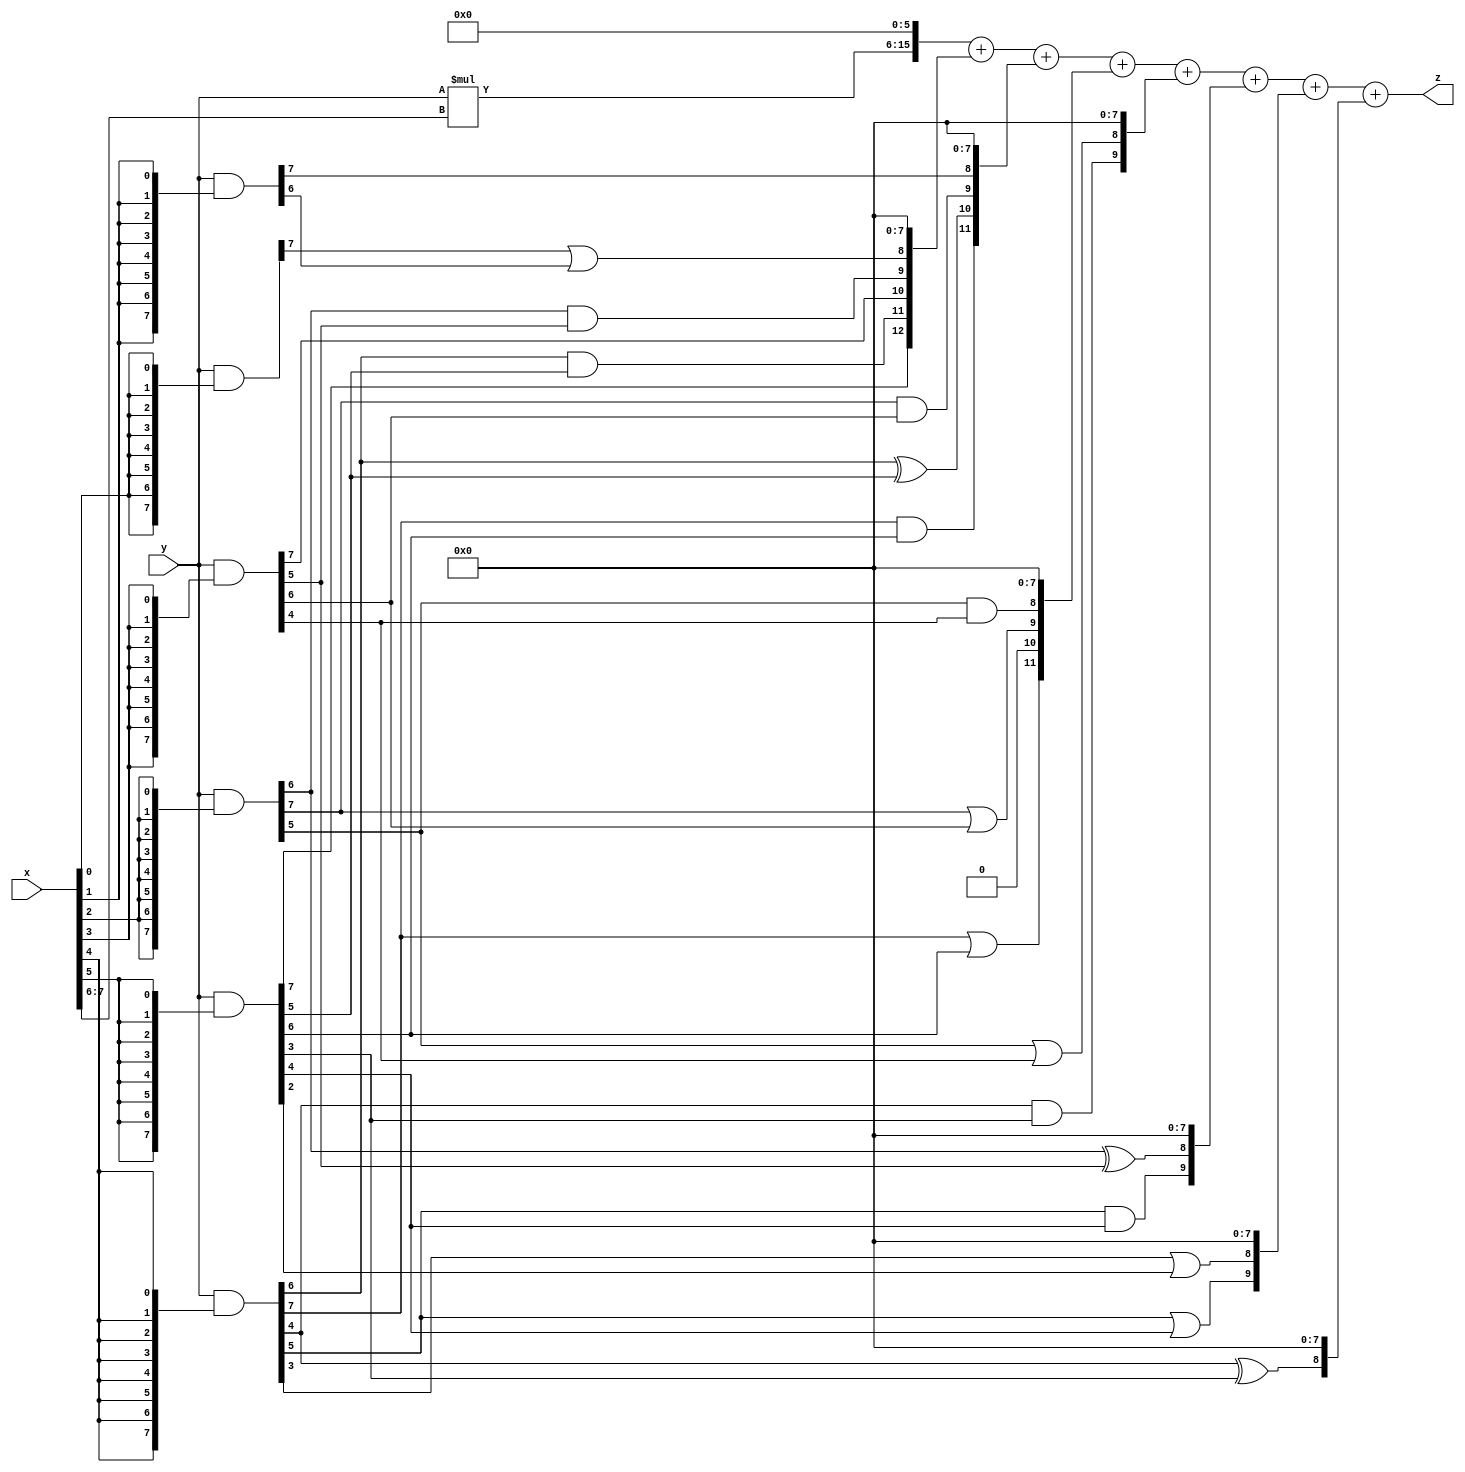
// terms: 19
// fval:  63086.25

module unsigned_8x8_l6_lamb2600_7 (
	input [7:0] x,
	input [7:0] y,
	output [15:0] z
);

wire [9:0] tmp_z = y*x[7:6];

wire [7:0] part1 =  y & {8{x[0]}};
wire [7:0] part2 =  y & {8{x[1]}};
wire [7:0] part3 =  y & {8{x[2]}};
wire [7:0] part4 =  y & {8{x[3]}};
wire [7:0] part5 =  y & {8{x[4]}};
wire [7:0] part6 =  y & {8{x[5]}};

wire [12:0] new_part1;
assign new_part1[0] = 0;
assign new_part1[1] = 0;
assign new_part1[2] = 0;
assign new_part1[3] = 0;
assign new_part1[4] = 0;
assign new_part1[5] = 0;
assign new_part1[6] = 0;
assign new_part1[7] = 0;
assign new_part1[8] = part1[7] | part2[6];
assign new_part1[9] = part3[6] & part4[5];
assign new_part1[10] = part4[7];
assign new_part1[11] = part5[6] & part6[5];
assign new_part1[12] = part6[7];

wire [11:0] new_part2;
assign new_part2[0] = 0;
assign new_part2[1] = 0;
assign new_part2[2] = 0;
assign new_part2[3] = 0;
assign new_part2[4] = 0;
assign new_part2[5] = 0;
assign new_part2[6] = 0;
assign new_part2[7] = 0;
assign new_part2[8] = part2[7];
assign new_part2[9] = part3[7] & part4[6];
assign new_part2[10] = part5[6] ^ part6[5];
assign new_part2[11] = part5[7] & part6[6];

wire [11:0] new_part3;
assign new_part3[0] = 0;
assign new_part3[1] = 0;
assign new_part3[2] = 0;
assign new_part3[3] = 0;
assign new_part3[4] = 0;
assign new_part3[5] = 0;
assign new_part3[6] = 0;
assign new_part3[7] = 0;
assign new_part3[8] = part3[5] & part4[4];
assign new_part3[9] = part3[7] | part4[6];
assign new_part3[10] = 0;
assign new_part3[11] = part5[7] | part6[6];

wire [9:0] new_part4;
assign new_part4[0] = 0;
assign new_part4[1] = 0;
assign new_part4[2] = 0;
assign new_part4[3] = 0;
assign new_part4[4] = 0;
assign new_part4[5] = 0;
assign new_part4[6] = 0;
assign new_part4[7] = 0;
assign new_part4[8] = part3[5] | part4[4];
assign new_part4[9] = part5[4] & part6[3];

wire [9:0] new_part5;
assign new_part5[0] = 0;
assign new_part5[1] = 0;
assign new_part5[2] = 0;
assign new_part5[3] = 0;
assign new_part5[4] = 0;
assign new_part5[5] = 0;
assign new_part5[6] = 0;
assign new_part5[7] = 0;
assign new_part5[8] = part3[6] ^ part4[5];
assign new_part5[9] = part5[5] & part6[4];

wire [9:0] new_part6;
assign new_part6[0] = 0;
assign new_part6[1] = 0;
assign new_part6[2] = 0;
assign new_part6[3] = 0;
assign new_part6[4] = 0;
assign new_part6[5] = 0;
assign new_part6[6] = 0;
assign new_part6[7] = 0;
assign new_part6[8] = part5[3] | part6[2];
assign new_part6[9] = part5[5] | part6[4];

wire [8:0] new_part7;
assign new_part7[0] = 0;
assign new_part7[1] = 0;
assign new_part7[2] = 0;
assign new_part7[3] = 0;
assign new_part7[4] = 0;
assign new_part7[5] = 0;
assign new_part7[6] = 0;
assign new_part7[7] = 0;
assign new_part7[8] = part5[4] ^ part6[3];

assign z = {tmp_z, 6'd 0} + new_part1 + new_part2 + new_part3 + new_part4 + new_part5 + new_part6 + new_part7;
endmodule